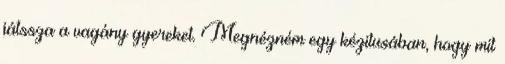
játssza a vagány gyereket. Megnézném egy kézitusában, hogy mit